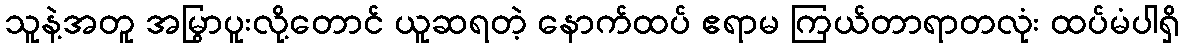
သူနဲ့အတူ အမြွာပူးလို့တောင် ယူဆရတဲ့ နောက်ထပ် ဧရာမ ကြယ်တာရာတလုံး ထပ်မံပါရှိ